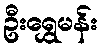
ဦးရွှေမန်း